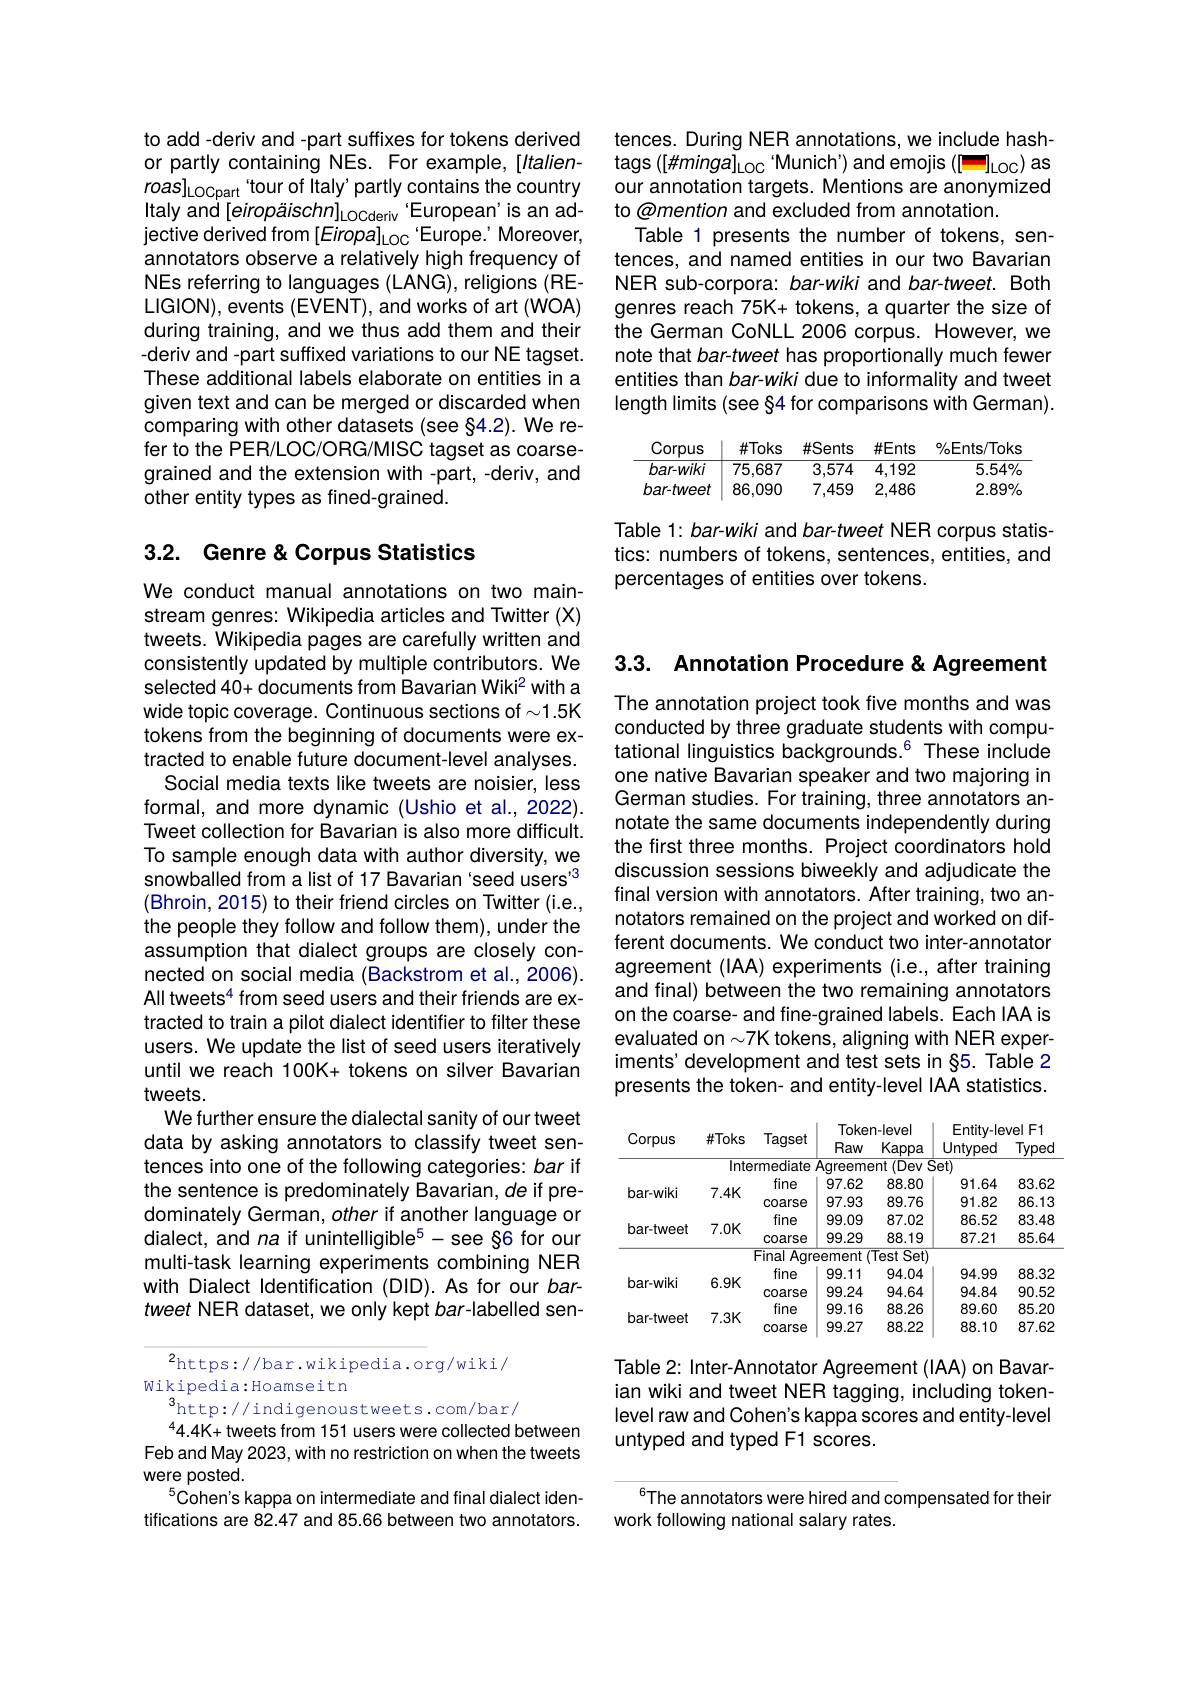
tences. During NER annotations, we include hashtags $([\#minga]_{\mathrm{LOC}}$ Munich') and emojis ([-]oc) as our annotation targets. Mentions are anonymized to @mention and excluded from annotation.
Table 1 presents the number of tokens, sentences, and named entities in our two Bavarian NER sub-corpora: bar-wiki and bar-tweet. Both genres reach 75K+ tokens, a quarter the size of the German CoNLL 2006 corpus. However, we note that bar-tweet has proportionally much fewer entities than bar-wiki due to informality and tweet length limits (see §4 for comparisons with German).

<table>
	<tbody>
		<tr>
			<th>Corpus</th>
			<th>$\#Toks$</th>
			<th>$\#Sents$</th>
			<th>$\#Ents$</th>
			<th>$\%Ents/Toks$</th>
		</tr>
		<tr>
			<td>$bar-wiki$</td>
			<td>75,687</td>
			<td>3,574</td>
			<td>4,192</td>
			<td>$5.54\%$</td>
		</tr>
		<tr>
			<td>$bar-tweet$</td>
			<td>86,090</td>
			<td>7,459</td>
			<td>2,486</td>
			<td>$2.89\%$</td>
		</tr>
	</tbody>
</table>

Table 1: bar-wiki and bar-tweet NER corpus statistics: numbers of tokens, sentences, entities, and percentages of entities over tokens.

to add -deriv and -part suffixes for tokens derived or partly containing NEs. For example,[Italien- $roas] _{\mathrm{LOCpart}}$ tour of Italy' partly contains the country Italy and[eiropäischn]Locderiv‘European’is an adjective derived from [Eiropa]coc 'Europe.' Moreover, annotators observe a relatively high frequency of NEs referring to languages (LANG), religions (RELIGION), events (EVENT), and works of art (WOA) during training, and we thus add them and their -deriv and -part suffixed variations to our NE tagset. These additional labels elaborate on entities in a given text and can be merged or discarded when comparing with other datasets (see §4.2). We refer to the PER/LOC/ORG/MISC tagset as coarsegrained and the extension with -part, -deriv, and other entity types as fined-grained.

## 3.2. Genre& Corpus Statistics

We conduct manual annotations on two mainstream genres: Wikipedia articles and Twitter (X) tweets. Wikipedia pages are carefully written and consistently updated by multiple contributors. We selected 40+ documents from Bavarian Wiki? with a wide topic coverage. Continuous sections of $\sim1.5$K tokens from the beginning of documents were extracted to enable future document-level analyses.
Social media texts like tweets are noisier, less formal, and more dynamic (Ushio et al., 2022). Tweet collection for Bavarian is also more difficult. To sample enough data with author diversity, we snowballed from a list of 17 Bavarian 'seed users' (Bhroin,2015) to their friend circles on Twitter (i.e., the people they follow and follow them), under the assumption that dialect groups are closely connected on social media (Backstrom et al.,2006). All tweets$^4$ from seed users and their friends are extracted to train a pilot dialect identifier to filter these users. We update the list of seed users iteratively until we reach 100K+ tokens on silver Bavarian tweets.
We further ensure the dialectal sanity of our tweet data by asking annotators to classify tweet sentences into one of the following categories: bar if the sentence is predominately Bavarian, de if predominately German, other if another language or dialect, and $na\text{ if unintelligible}^5-$see §6 for our multi-task learning experiments combining NER with Dialect Identification (DID). As for our bartweet NER dataset, we only kept bar-labelled sen-

$^2$https://bar.wikipedia.org/wiki/
Wikipedia:Hoamseitn
$^3$http://indigenoustweets.com/bar/

$^{4}4.4$K+ tweets from 151 users were collected between Feb and May 2023, with no restriction on when the tweets were posted.
$^{5}$Cohen's kappa on intermediate and final dialect identifications are 82.47 and 85.66 between two annotators.

3.3. Annotation Procedure& Agreement

The annotation project took five months and was conducted by three graduate students with computational linguistics backgrounds.$^{6}$ These include one native Bavarian speaker and two majoring in German studies. For training, three annotators annotate the same documents independently during the first three months. Project coordinators hold discussion sessions biweekly and adjudicate the final version with annotators. After training, two annotators remained on the project and worked on different documents. We conduct two inter-annotator agreement (IAA) experiments (i.e., after training and final) between the two remaining annotators on the coarse- and fine-grained labels. Each IAA is evaluated on $\sim7$K tokens, aligning with NER experiments' development and test sets in §5. Table 2 presents the token- and entity-level IAA statistics.

<table>
	<tbody>
		<tr>
			<th rowspan="2">Corpus</th>
			<th>$\#Toks$</th>
			<th>Tagset</th>
			<th>Toker Raw</th>
			<th>1-level Kappa</th>
			<th>$Entity-le$ Untyped</th>
			<th>velF1 Typec</th>
		</tr>
		<tr>
			<td colspan="6">(Dev Set) Intermedlate</td>
		</tr>
		<tr>
			<td rowspan="2">bar-wiki</td>
			<td> </td>
			<td>fine</td>
			<td>97.62</td>
			<td>88.80</td>
			<td>91.64</td>
			<td>83.62</td>
		</tr>
		<tr>
			<td>.4N 1</td>
			<td>coarse</td>
			<td>97.93</td>
			<td>89.76</td>
			<td>91.82</td>
			<td>86.13</td>
		</tr>
		<tr>
			<td> </td>
			<td> </td>
			<td>fine</td>
			<td>99.09</td>
			<td>87.02</td>
			<td>86.52</td>
			<td>83.48</td>
		</tr>
		<tr>
			<td rowspan="2">bar-tweet</td>
			<td>.UN 1.</td>
			<td>coarse</td>
			<td>99.29</td>
			<td>88.19</td>
			<td>87.21</td>
			<td>85.64</td>
		</tr>
		<tr>
			<td> </td>
			<td>Final Agre</td>
			<td>eement</td>
			<td>$TestSet)$</td>
			<td> </td>
			<td> </td>
		</tr>
		<tr>
			<td rowspan="2">bar-wiki</td>
			<td> </td>
			<td>fine</td>
			<td>99.11</td>
			<td>94.04</td>
			<td>94.99</td>
			<td>88.32</td>
		</tr>
		<tr>
			<td>$\mathbf{0.9N}$</td>
			<td>coarse</td>
			<td>99.24</td>
			<td>94.64</td>
			<td>94.84</td>
			<td>90.52</td>
		</tr>
		<tr>
			<td rowspan="2">bar-tweet</td>
			<td> </td>
			<td>fine</td>
			<td>99.16</td>
			<td>88.26</td>
			<td>89.60</td>
			<td>85.20</td>
		</tr>
		<tr>
			<td>.0N 1</td>
			<td>coarse</td>
			<td>99.27</td>
			<td>88.22</td>
			<td>88.10</td>
			<td>87.62</td>
		</tr>
	</tbody>
</table>

Table 2: Inter- Annotator Agreement (IAA) on Bavarian wiki and tweet NER tagging, including tokenlevel raw and Cohen's kappa scores and entity-level untyped and typed F1 scores.

$^{6}$The annotators were hired and compensated for their
work following national salary rates.